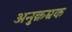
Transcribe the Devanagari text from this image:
अनुक्रम्रक